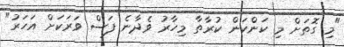
"މި ގޮތަށް މި ކަންކަން ކުރާތާ މިހާރު ވެދާނެ ފަސް ވަރަކަށް އަހަރު"